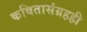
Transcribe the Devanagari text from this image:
कवितासंग्रहही